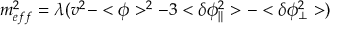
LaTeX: m _ { e f f } ^ { 2 } = \lambda ( v ^ { 2 } - < \phi > ^ { 2 } - 3 < \delta \phi _ { \| } ^ { 2 } > - < \delta \phi _ { \bot } ^ { 2 } > )